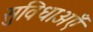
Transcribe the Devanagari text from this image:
सुविधाअएँ